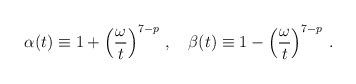
LaTeX: \begin{align*}\alpha(t)\equiv 1+\left({\frac{\omega}{t}} \right)^{7-p}\,,\quad\beta(t)\equiv 1-\left({\frac{\omega}{t}} \right)^{7-p}\,.\end{align*}